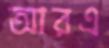
আরএ